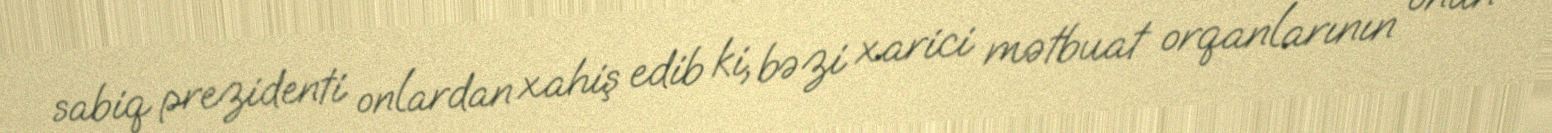
sabiq prezidenti onlardan xahiş edib ki, bəzi xarici mətbuat orqanlarının onun